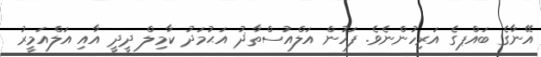
އޭނާގެ ބައްޕގެ އަރިހުންނެވެ. ފަހުން އަލްއުސްތާޛު އަޙުމަދު ކާމިލް ދީދީ އާއި އަލްއަމީރު